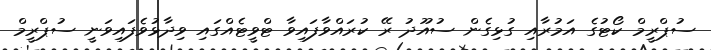
ސުޕްރީމް ކޯޓުގެ އަމުރާއި ގުޅިގެން ސުއޫދު ރޭ ކުރައްވާފައިވާ ޓްވީޓެއްގައި ވިދާޅުވެފައިވަނީ ސުޕްރީމް